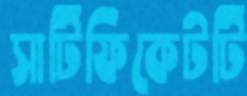
সার্টিফিকেটটি